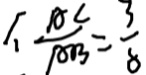
\frac { A C } { A B } = \frac { 3 } { 8 }